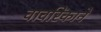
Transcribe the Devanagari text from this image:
वावरिंकाने